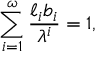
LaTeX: \sum _ { i = 1 } ^ { \omega } { \frac { \ell _ { i } b _ { i } } { \lambda ^ { i } } } = 1 ,